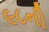
૯૮ની